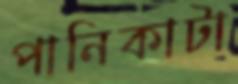
পানিকাটা